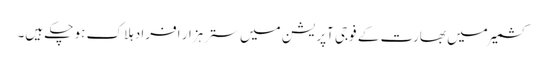
کشمیر میں بھارت کے فوجی آپریشن میں ستر ہزار افراد ہلاک ہو چکے ہیں۔